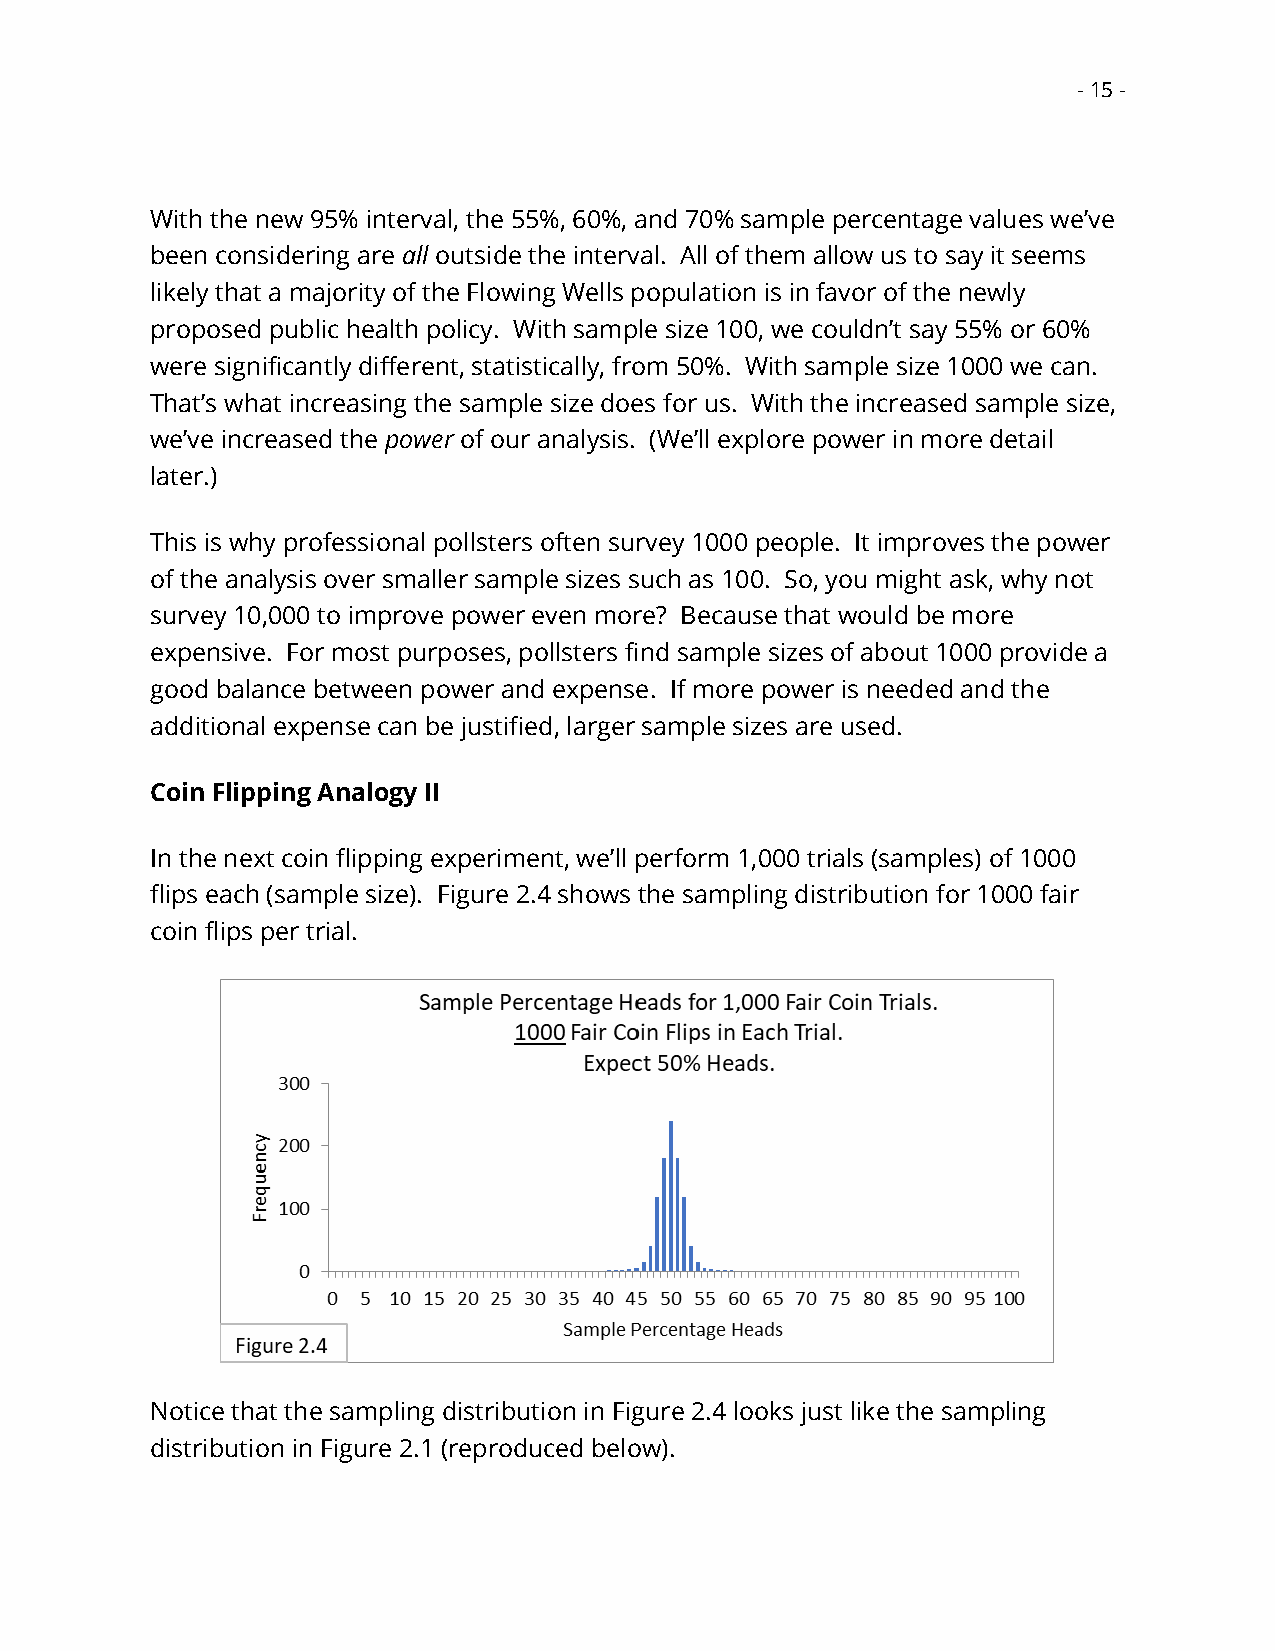
- 15 -
 With the new 95% interval, the 55%, 60%, and 70% sample percentage values we’ve
 been considering are all outside the interval. All of them allow us to say it seems
 likely that a majority of the Flowing Wells population is in favor of the newly
 proposed public health policy. With sample size 100, we couldn’t say 55% or 60%
 were significantly different, statistically, from 50%. With sample size 1000 we can.
 That’s what increasing the sample size does for us. With the increased sample size,
 we’ve increased the power of our analysis. (We’ll explore power in more detail
 later.)
 This is why professional pollsters often survey 1000 people. It improves the power
 of the analysis over smaller sample sizes such as 100. So, you might ask, why not
 survey 10,000 to improve power even more? Because that would be more
 expensive. For most purposes, pollsters find sample sizes of about 1000 provide a
 good balance between power and expense. If more power is needed and the
 additional expense can be justified, larger sample sizes are used.
 Coin Flipping Analogy II
 In the next coin flipping experiment, we’ll perform 1,000 trials (samples) of 1000
 flips each (sample size). Figure 2.4 shows the sampling distribution for 1000 fair
 coin flips per trial.
 Notice that the sampling distribution in Figure 2.4 looks just like the sampling
 distribution in Figure 2.1 (reproduced below).